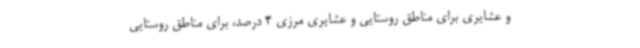
و عشایری برای مناطق روستایی و عشایری مرزی 4 درصد، برای مناطق روستایی